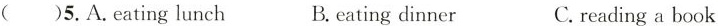
( )5.A.eating lunch B.eating dinner C.reading a book